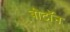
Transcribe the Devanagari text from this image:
बीटॉन